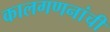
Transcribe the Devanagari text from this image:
कालगणनांची